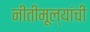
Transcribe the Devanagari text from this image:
नीतीमूल्यांची